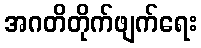
အဂတိတိုက်ဖျက်ရေး